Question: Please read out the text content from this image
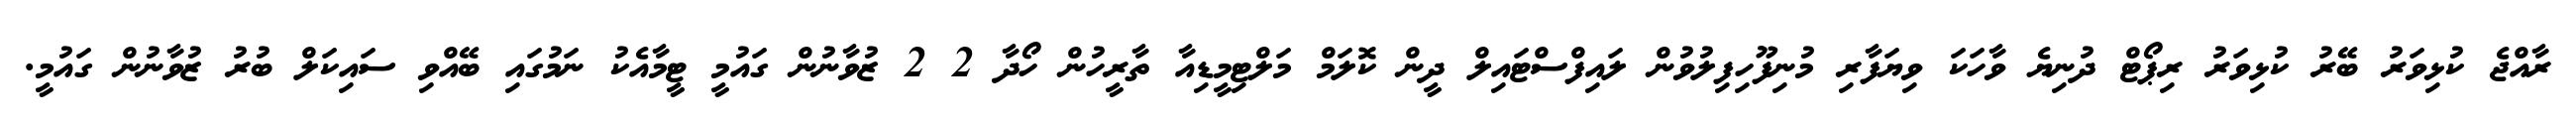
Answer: ރާއްޖެ ކުޅިވަރު ބޭރު ކުޅިވަރު ރިޕޯޓް ދުނިޔެ ވާހަކަ ވިޔަފާރި މުނިފޫހިފިލުވުން ލައިފްސްޓައިލް ދީން ކޮލަމް މަލްޓިމީޑިއާ ތާރީހުން ހޯދާ 2 2 ޒުވާނުން ގައުމީ ޓީމާއެކު ނަމުގައި ބޭއްވި ސައިކަލް ބުރު ޒުވާނުން ގައުމީ.